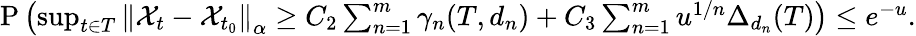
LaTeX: \begin{array}{r}{\mathrm{P}\left(\operatorname*{sup}_{t\in T}\left\Vert\mathcal{X}_{t}-\mathcal{X}_{t_{0}}\right\Vert_{\alpha}\geq C_{2}\sum_{n=1}^{m}\gamma_{n}(T,d_{n})+C_{3}\sum_{n=1}^{m}u^{1/n}\Delta_{d_{n}}(T)\right)\leq e^{-u}.}\end{array}